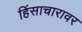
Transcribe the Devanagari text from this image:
हिंसाचारावर